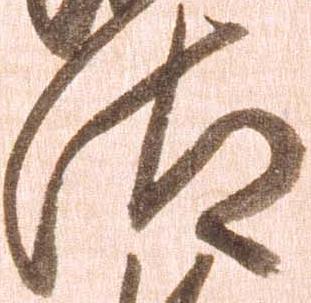
汰